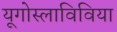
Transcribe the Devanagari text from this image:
यूगोस्लाविविया